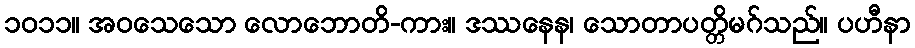
၁၀၁၁။ အဝသေသော လောဘောတိ-ကား။ ဒဿနေန၊ သောတာပတ္တိမဂ်သည်။ ပဟီနာ